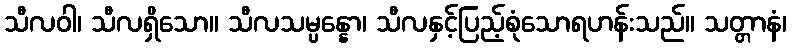
သီလဝါ၊ သီလရှိသော။ သီလသမ္ပန္နော၊ သီလနှင့်ပြည့်စုံသောရဟန်းသည်။ သတ္တာနံ၊